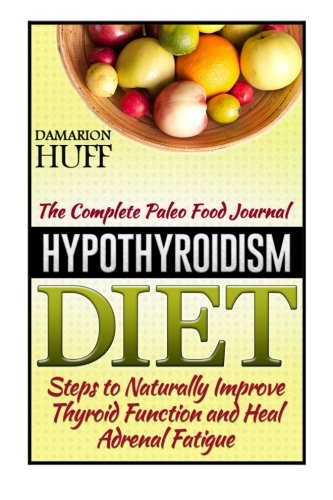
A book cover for Hypothyroidism Diet: The Complete Paleo Food Journal: Steps to Naturally Improve Thyroid Function and Heal Adrenal Fatigue (Hypothyroidism Diet books, ... diet guide, hypothyroidism solution); Damarion Huff; Health, Fitness & Dieting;